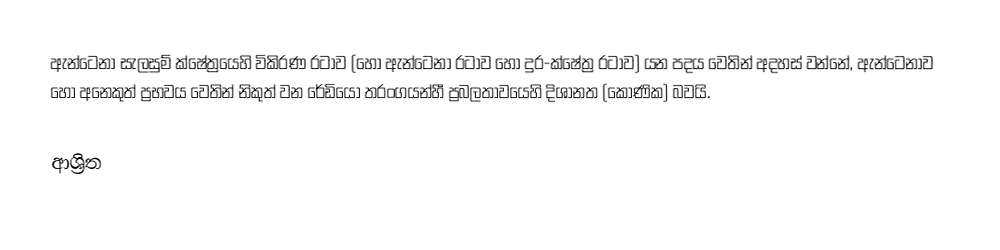
ඇන්ටෙනා සැලසුම් ක්ෂේත්‍රයෙහි විකිරණ රටාව (හෝ ඇන්ටෙනා රටාව හෝ දුර-ක්ෂේත්‍ර රටාව) යන පදය වෙතින් අදහස් වන්නේ, ඇන්ටෙනාව හෝ අනෙකුත් ප්‍රභවය වෙතින් නිකුත් වන රේඩියෝ තරංගයන්හී  ප්‍රබලතාවයෙහි දිශානත (කෝණික) බවයි.

ආශ්‍රිත